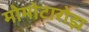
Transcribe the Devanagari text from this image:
मोमोटारोझ